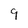
Character: 9